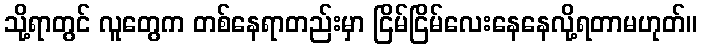
သို့ရာတွင် လူတွေက တစ်နေရာတည်းမှာ ငြိမ်ငြိမ်လေးနေနေလို့ရတာမဟုတ်။